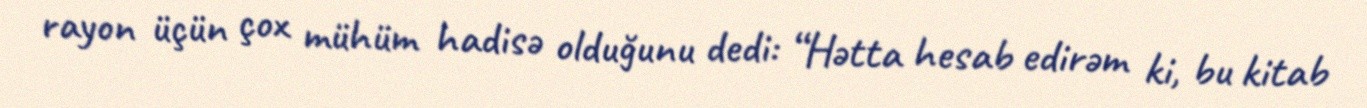
rayon üçün çox mühüm hadisə olduğunu dedi: “Hətta hesab edirəm ki, bu kitab